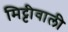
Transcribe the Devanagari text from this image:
मिट्टीवाली